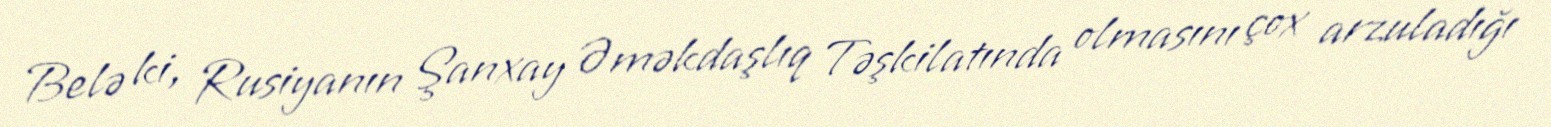
Belə ki, Rusiyanın Şanxay Əməkdaşlıq Təşkilatında olmasını çox arzuladığı